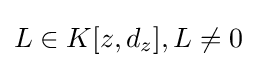
L\in K[z,d_{z}],L\neq 0